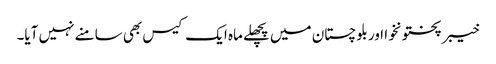
خیبر پختونخوا اور بلوچستان میں پچھلے ماہ ایک کیس بھی سامنے نہیں آیا۔